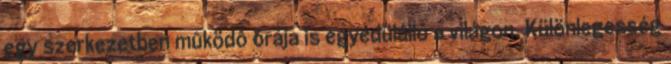
egy szerkezetben mûködô órája is egyedülálló a világon. Különlegesség